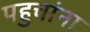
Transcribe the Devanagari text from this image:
पहुचांना